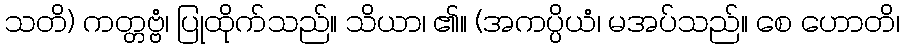
သတိ) ကတ္တဗ္ဗံ၊ ပြုထိုက်သည်။ သိယာ၊ ၏။ (အကပ္ပိယံ၊ မအပ်သည်။ စေ ဟောတိ၊